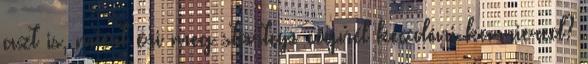
azt is, miért éri meg startup cégnél kezdeni karriered?